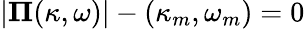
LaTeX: |\mathbf{\Pi}(\kappa,\omega)|-(\kappa_{m},\omega_{m})=0